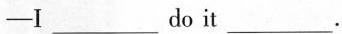
—— I___do it___.